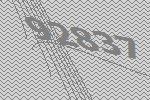
92837